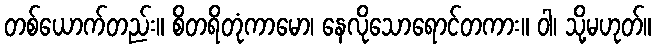
တစ်ယောက်တည်း။ စိတရိတုံကာမော၊ နေလိုသောရောင်တကား။ ဝါ၊ သို့မဟုတ်။